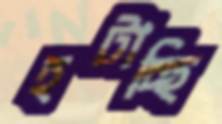
হটাচ্ছি